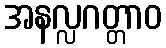
အနလ္လဂတ္တာဝ